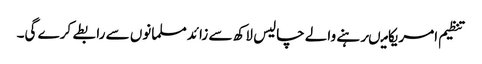
تنظیم امریکامیںرہنے والے چالیس لاکھ سے زائدمسلمانوں سے رابطے کرے گی۔